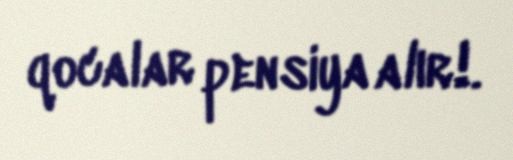
qocalar pensiya alır!.